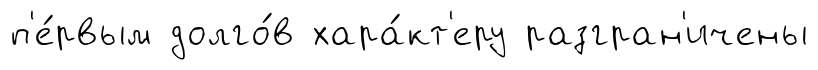
п'е́рвым долго́в хара́кт'еру разгран'ичены